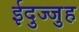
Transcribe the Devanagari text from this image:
ईदुज्जुह